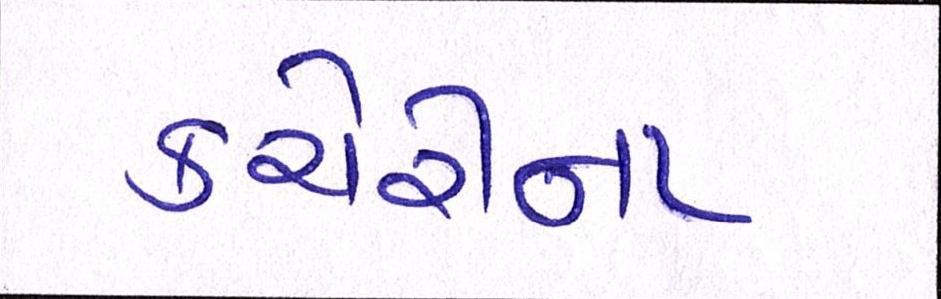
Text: કચેરીના